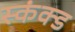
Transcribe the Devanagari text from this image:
स्कंक्ड